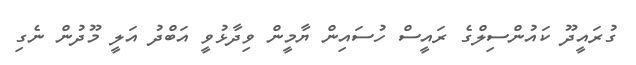
ގުރައީދޫ ކައުންސިލްގެ ރައީސް ހުސައިން ޔާމީން ވިދާޅުވީ އަބްދު އަލީ މޫދުން ނެގި